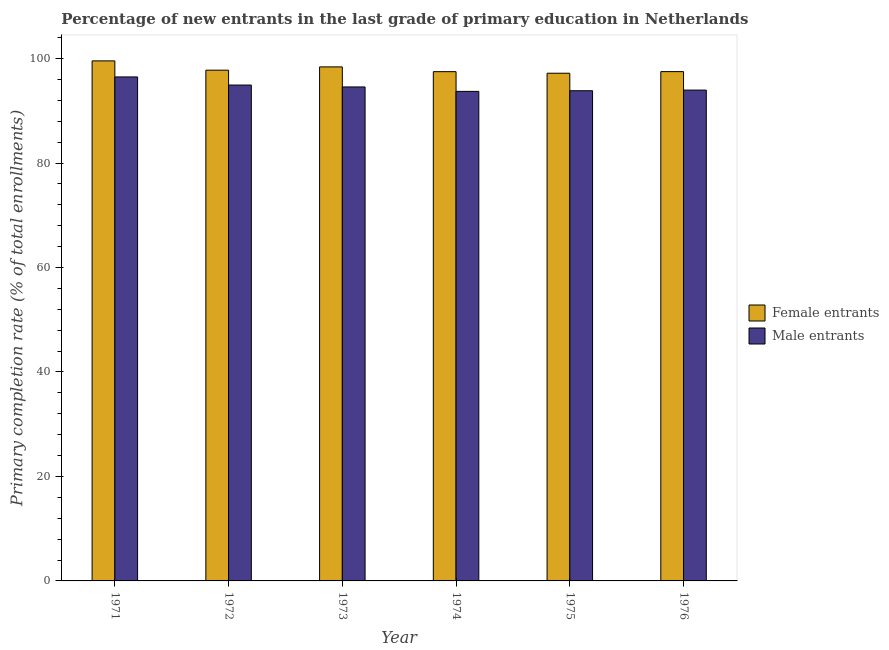
| Year | Female entrants | Male entrants |
 | --- | --- | --- |
 | 1971 | 99.6 | 96.5 |
 | 1972 | 97.8 | 94.9 |
 | 1973 | 98.4 | 94.6 |
 | 1974 | 97.5 | 93.7 |
 | 1975 | 97.2 | 93.8 |
 | 1976 | 97.5 | 94 |